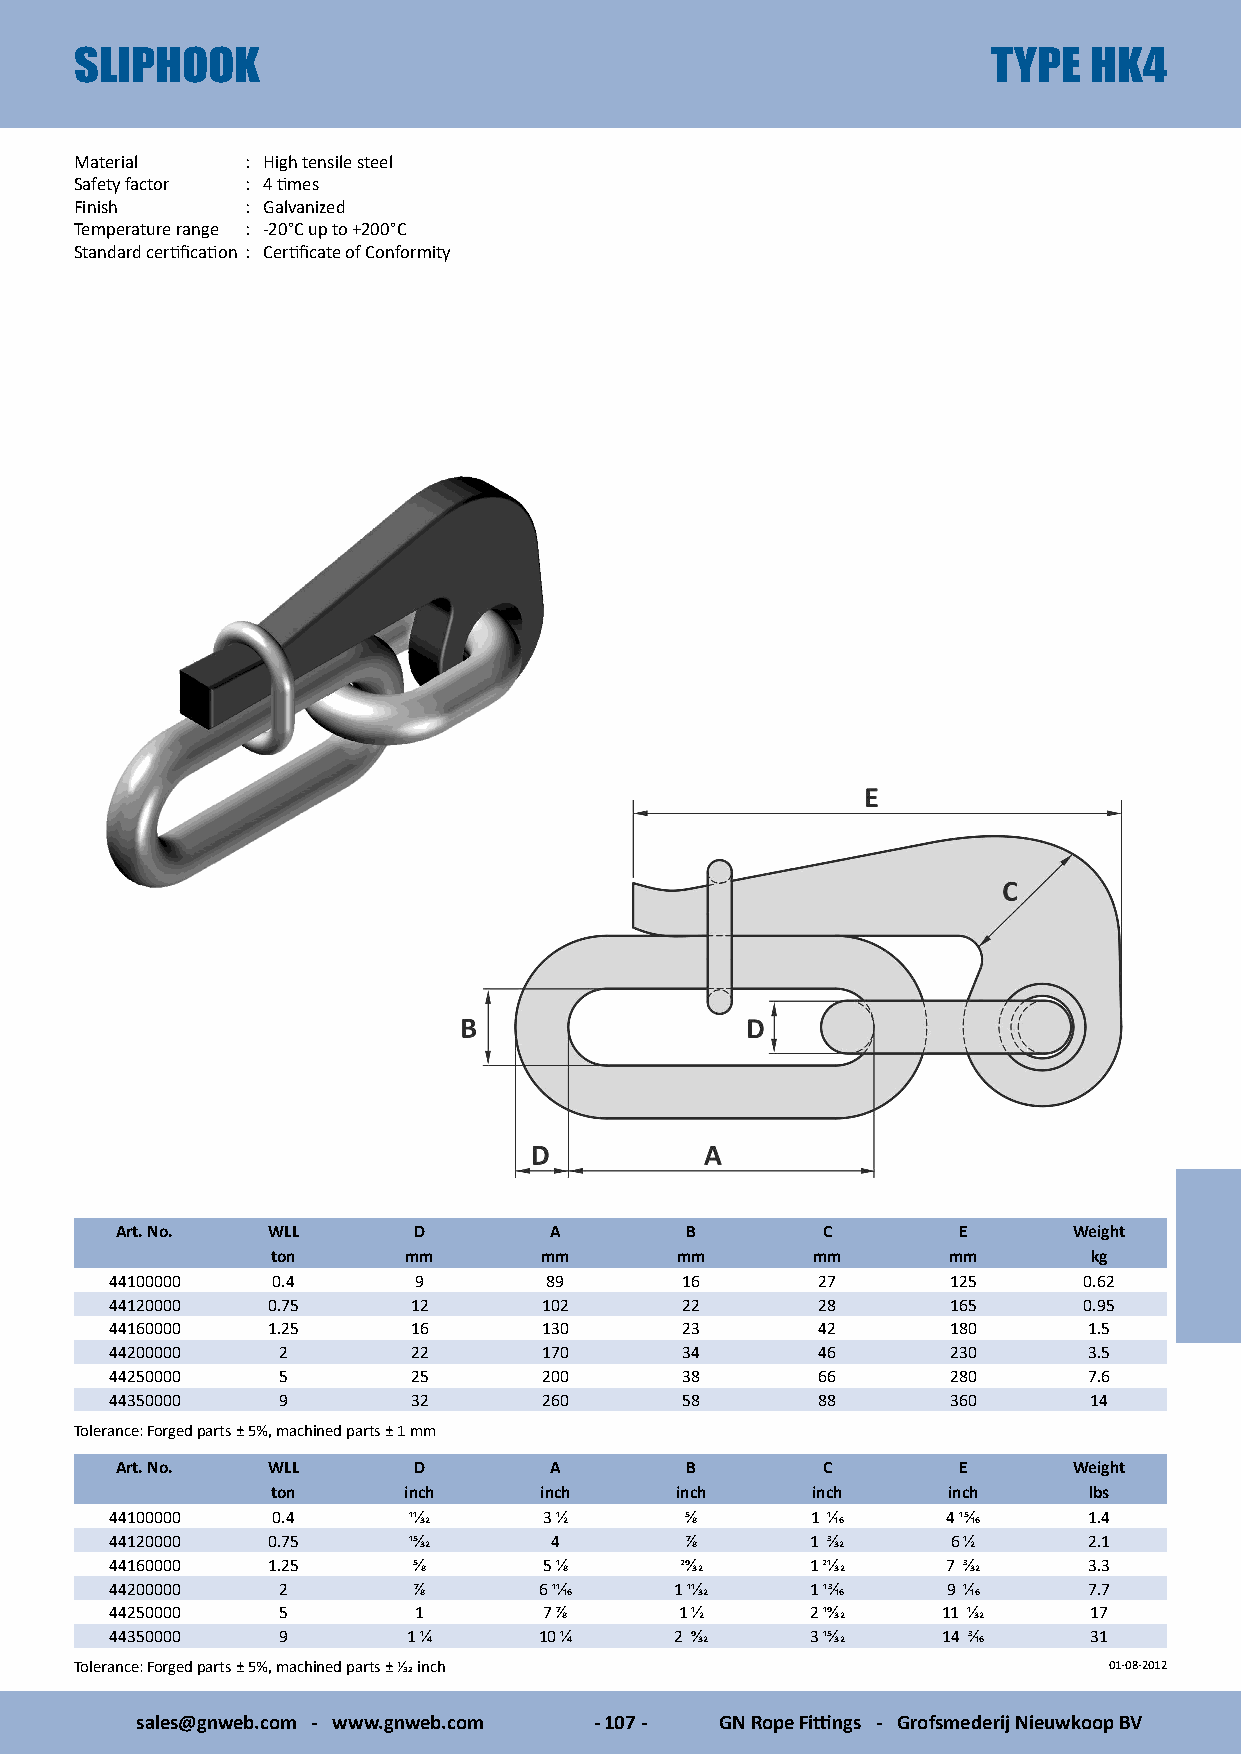
SLIPHOOK                                                     TYPE  HK4
 Material   : High tensile steel
 Safety factor : 4 times
 Finish     : Galvanized
 Temperature range : -20°C up to +200°C
 Standard certification : Certificate of Conformity
 Art. No.  WLL      D        A        B        C        E       Weight
 ton      mm       mm       mm       mm       mm       kg
 44100000   0.4      9        89       16       27       125      0.62
 44120000   0.75     12       102      22       28       165      0.95
 44160000   1.25     16       130      23       42       180      1.5
 44200000   2        22       170      34       46       230      3.5
 44250000   5        25       200      38       66       280      7.6
 44350000   9        32       260      58       88       360      14
 Tolerance: Forged parts ± 5%, machined parts ± 1 mm
 Art. No.  WLL      D        A        B        C        E       Weight
 ton      inch     inch     inch     inch     inch     lbs
 44100000   0.4      11/32    3 1/2    5/8      1 1/16   4 15/16  1.4
 44120000   0.75     15/32    4        7/8      1 3/32   6 1/2    2.1
 44160000   1.25     5/8      5 1/8    29/32    1 21/32  7 3/32   3.3
 44200000   2        7/8      6 11/16  1 11/32  1 13/16  9 1/16   7.7
 44250000   5        1        7 7/8    1 1/2    2 19/32 11 1/32   17
 44350000   9        1 1/4    10 1/4   2 9/32   3 15/32 14 3/16   31
 Tolerance: Forged parts ± 5%, machined parts ± 1/32 inch            01-08-2012
 sales@gnweb.com - www.gnweb.com - 107 - GN Rope Fittings - Grofsmederij Nieuwkoop BV